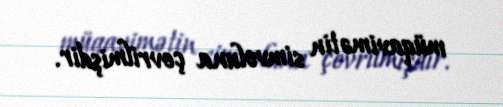
müqavimətin simvoluna çevrilmişdir.